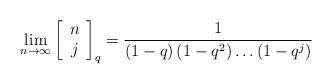
LaTeX: \begin{align*}\mathop {\lim }\limits_{n \to \infty } \left[{\begin{array}{*{20}c} n \\ j \\\end{array}} \right]_q = \frac{1}{{\left( {1 - q} \right)\left( {1 - q^2 } \right) \ldots\left( {1 - q^j } \right)}}\end{align*}